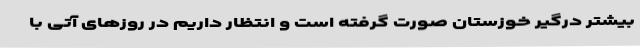
بیشتر درگیر خوزستان صورت گرفته است و انتظار داریم در روزهای آتی با